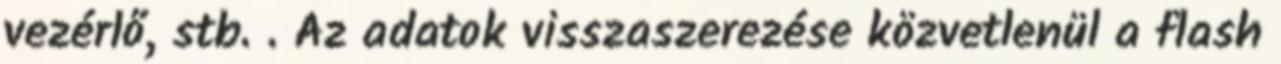
vezérlő, stb. . Az adatok visszaszerezése közvetlenül a flash